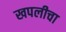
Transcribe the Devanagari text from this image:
खपलीचा